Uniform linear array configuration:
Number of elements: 24
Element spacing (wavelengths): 1
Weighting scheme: uniform
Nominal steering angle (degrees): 60
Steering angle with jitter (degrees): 61.192
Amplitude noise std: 0.05
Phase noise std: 0.05

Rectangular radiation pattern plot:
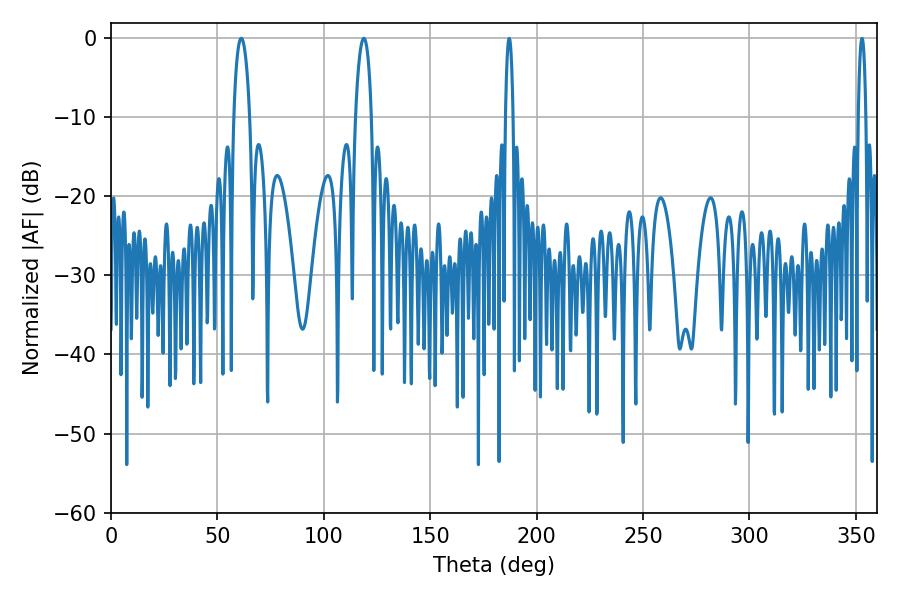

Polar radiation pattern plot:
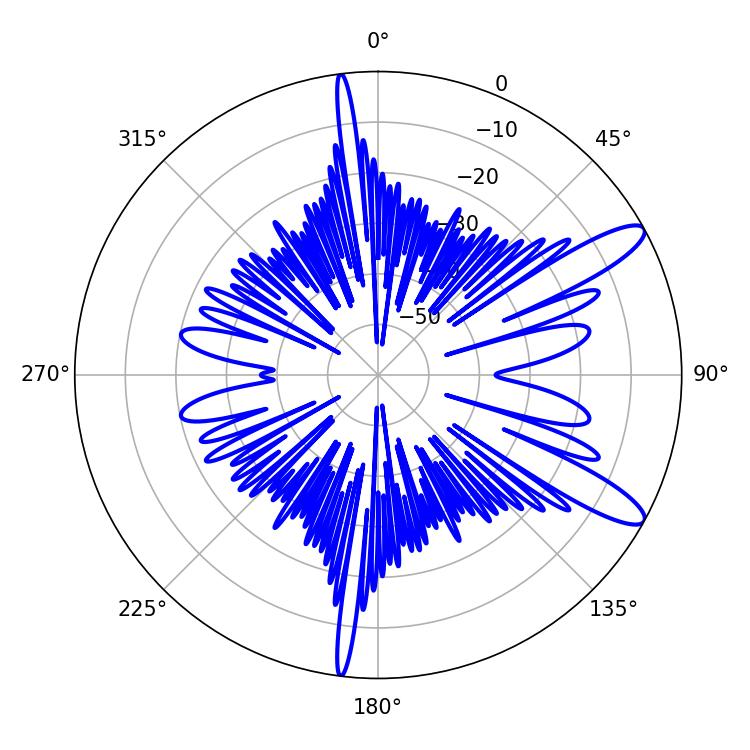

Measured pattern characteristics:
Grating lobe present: TRUE
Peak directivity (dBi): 11.638
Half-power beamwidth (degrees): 4.14
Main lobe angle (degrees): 118.8